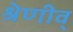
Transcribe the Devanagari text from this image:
श्रेणीव्